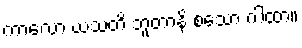
ကာလော ဃသတိ ဘူတာနိ စသော ဂါထာ။